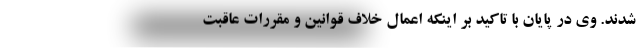
شدند. وی در پایان با تاکید بر اینکه اعمال خلاف قوانین و مقررات عاقبت